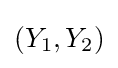
(Y_{1},Y_{2})